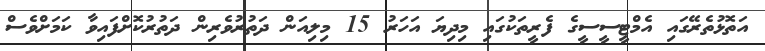
އަތޮޅުތެރޭގައި އެމްޓީސީސީގެ ފެރީތަކުގައި މިދިޔަ އަހަރު 15 މިލިއަން ދަތުރުވެރިން ދަތުރުކޮށްފައިވާ ކަމަށްވެސް